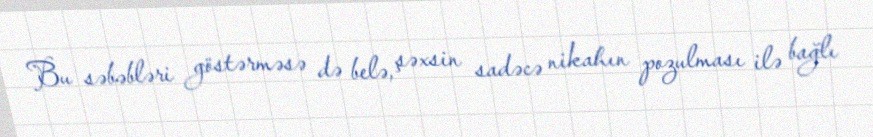
Bu səbəbləri göstərməsə də belə, şəxsin sadəcə nikahın pozulması ilə bağlı